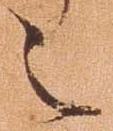
之